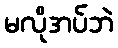
မလိုအပ်ဘဲ